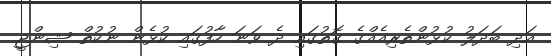
އަދި ބަދަލު ކުޅުންތެރިއެއްގެ ގޮތުގައި ދެ ވަނަ ހާފުގައި ކުޅެން ނުކުތް ޝިންޖީ